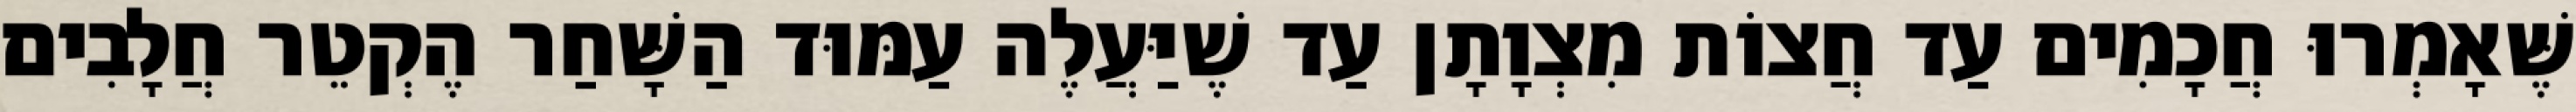
שֶּׁאָמְרוּ חֲכָמִים עַד חֲצוֹת מִצְוָתָן עַד שֶׁיַּעֲלֶה עַמּוּד הַשָּׁחַר הֶקְטֵר חֲלָבִים